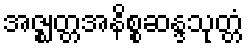
အဇ္ဈတ္တအနိစ္စဆန္ဒသုတ္တံ